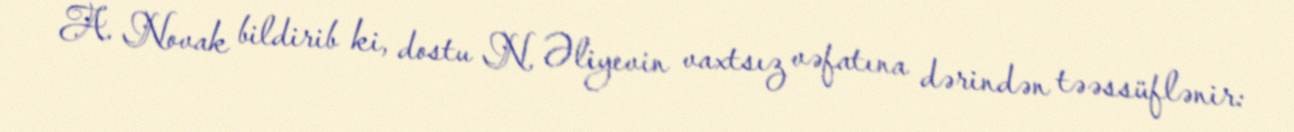
A. Novak bildirib ki, dostu N. Əliyevin vaxtsız vəfatına dərindən təəssüflənir: